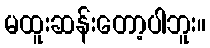
မထူးဆန်းတော့ပါဘူး။